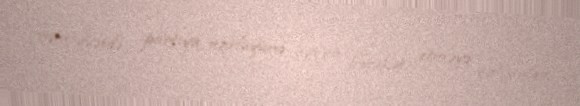
cəmiyyətdə partiya üzvlüyünə uyğun hərəkət etməyə çalışırlar.